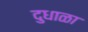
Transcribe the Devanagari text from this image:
दुधाळा